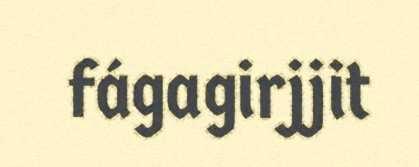
fágagirjjit